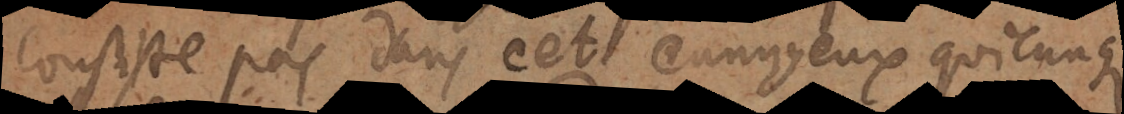
consiste pas dans cet ennuyeux quicunque,